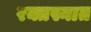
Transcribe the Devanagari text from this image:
रक्तस्नात